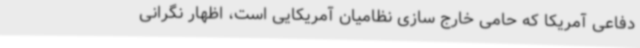
دفاعی آمریکا که حامی خارج سازی نظامیان آمریکایی است، اظهار نگرانی